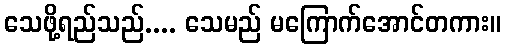
သေဖို့ရည်သည်.... သေမည် မကြောက်အောင်တကား။